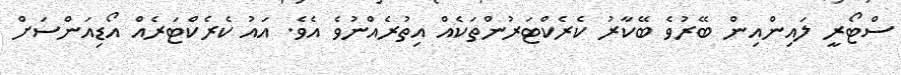
ސްޓޯރީ ލައިންއިން ބޭރުވެ ބޭކާރު ކެރެކްޓަރުންތަކެއް އިތުރެއްނުވެ އެވެ. އައު ކެރެކްޓަރެއް އޯޑިއަންސަށް